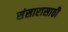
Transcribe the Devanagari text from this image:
संसारासाठी